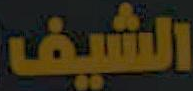
الشيف